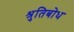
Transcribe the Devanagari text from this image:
श्रुतिबोध